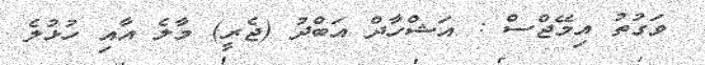
ވަގުތު އިމޭޖްސް : އަޝްހާދް އަބްދު (ޖެރީ) މާލެ އާއި ހުޅުލެ